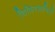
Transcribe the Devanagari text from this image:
चिकित्साविदों